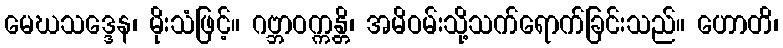
မေဃသဒ္ဒေန၊ မိုးသံဖြင့်။ ဂဗ္ဘာဝက္ကန္တိ၊ အမိဝမ်းသို့သက်ရောက်ခြင်းသည်။ ဟောတိ၊